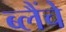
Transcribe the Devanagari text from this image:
ब्लैंचे